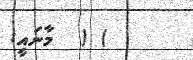
) (  މާނައީ: